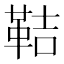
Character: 鞊